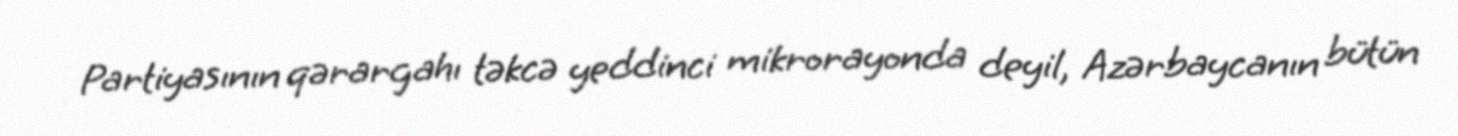
Partiyasının qərargahı təkcə yeddinci mikrorayonda deyil, Azərbaycanın bütün